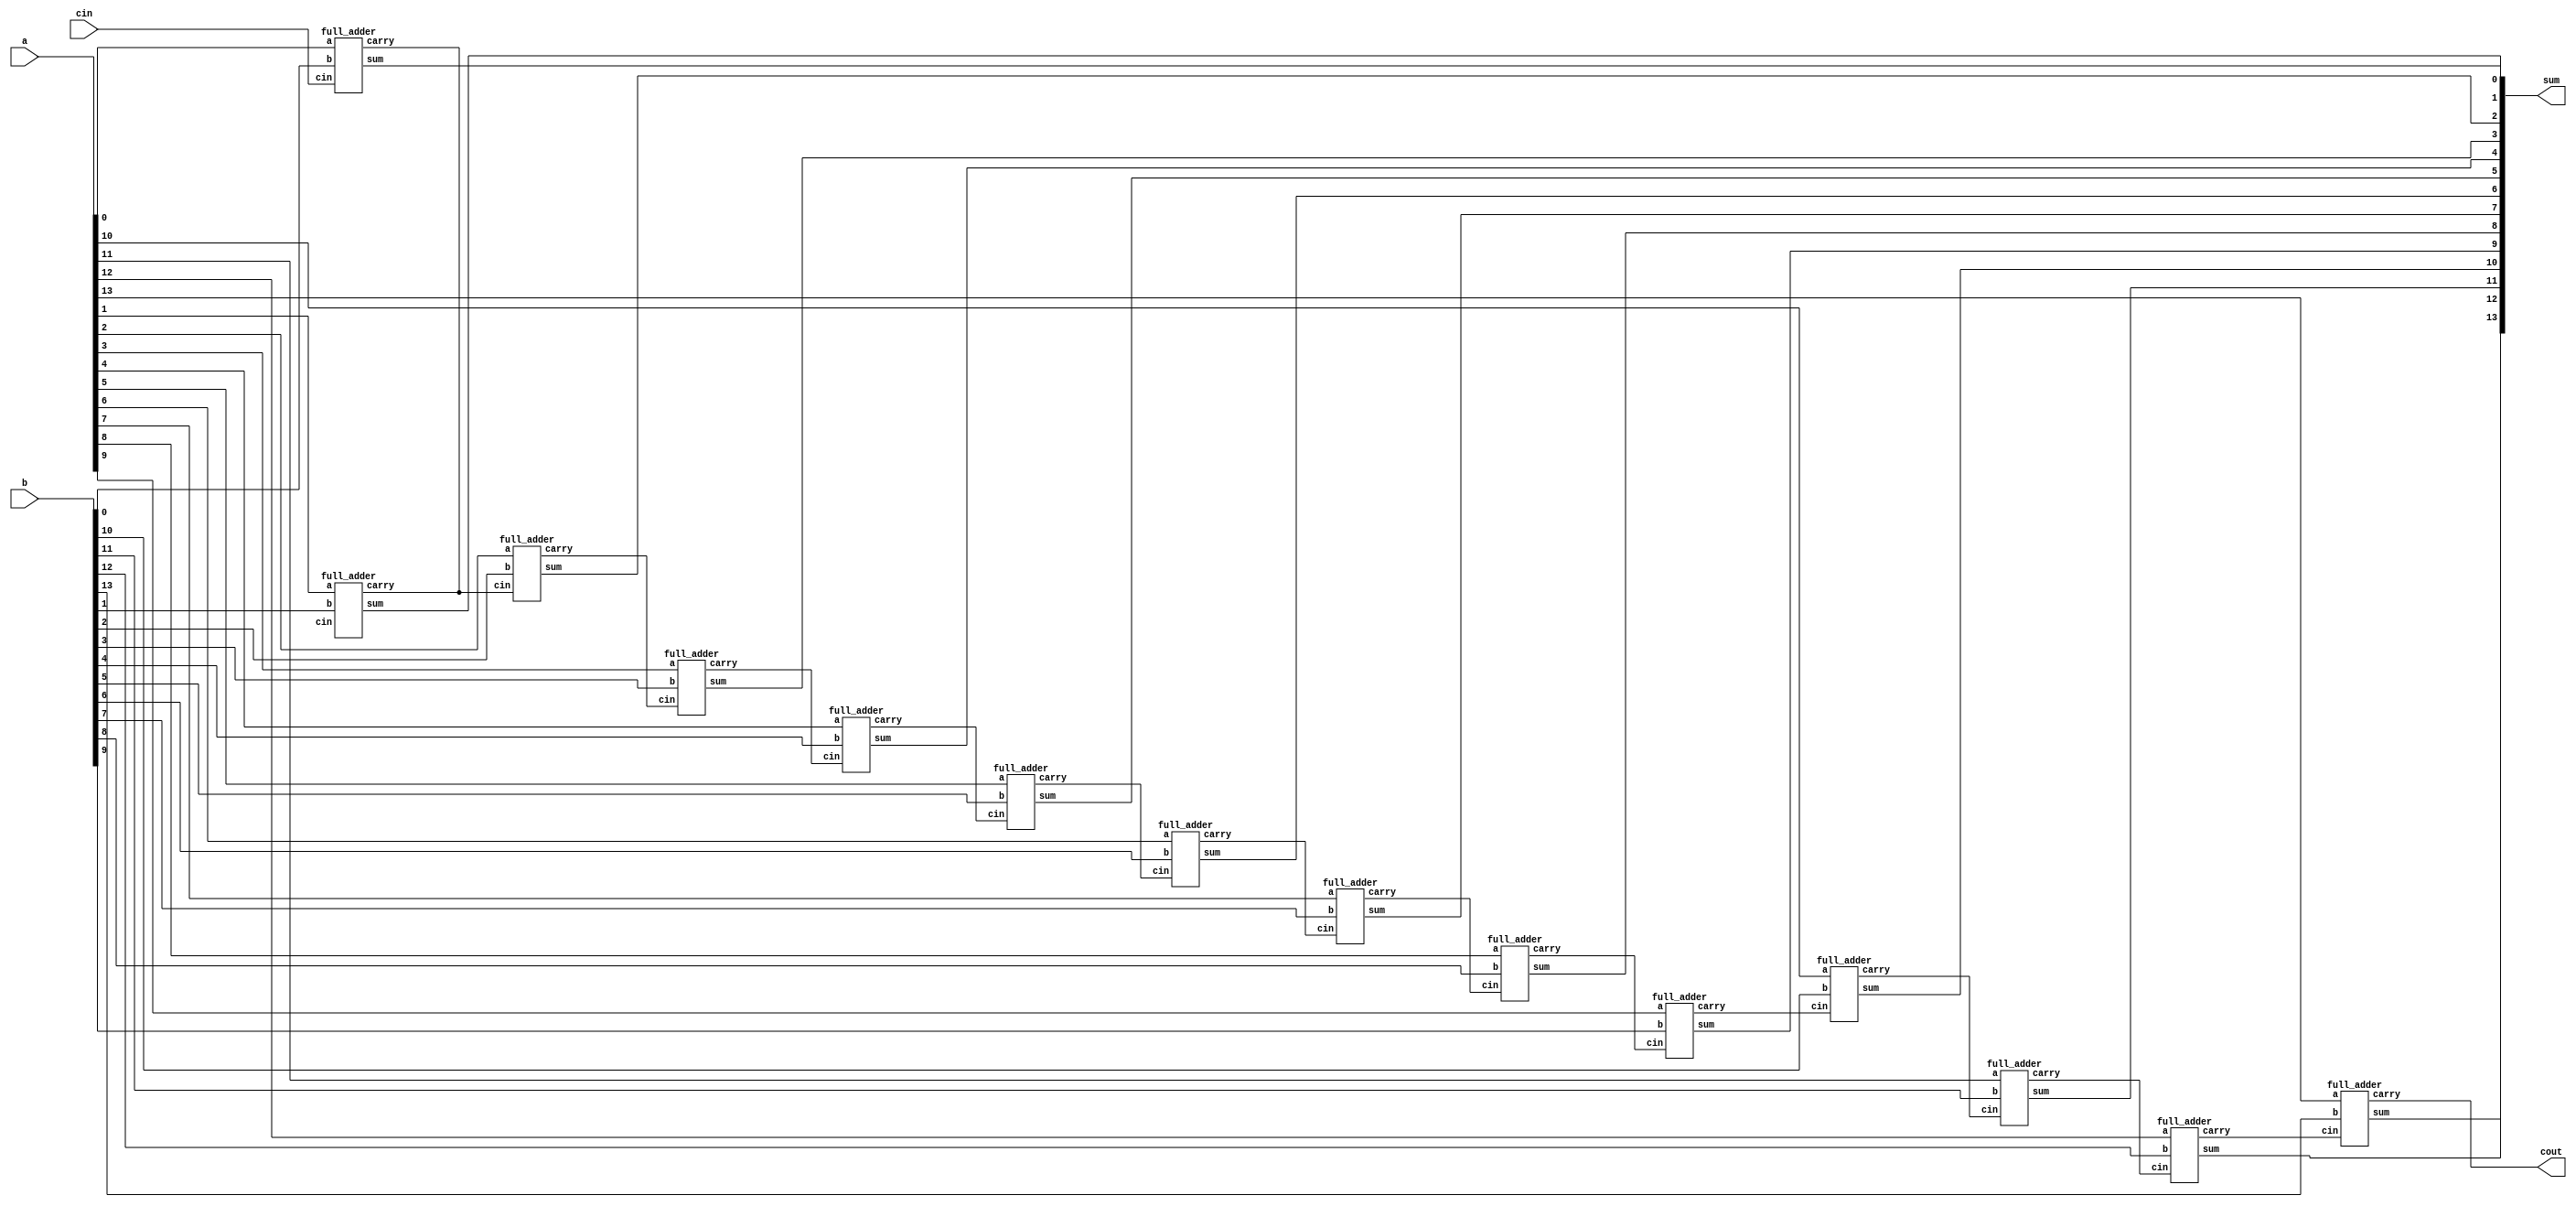
`timescale 1ns / 1ps
//////////////////////////////////////////////////////////////////////////////////
// Company: 
// Engineer: 
// 
// Design Name: 
// Module Name: Adder
// Project Name: 
// Target Devices: 
// Tool Versions: 
// Description: 
// 
// Dependencies: 
// 
// Revision:
// Revision 0.01 - File Created
// Additional Comments:
// 
//////////////////////////////////////////////////////////////////////////////////


module Adder (
  input [13:0] a,
  input [13:0] b,
  input cin,
  output [14:0] sum,
  output cout
);

  wire [13:0] carry;
  
  // carry bits for each bit position
  generate
    genvar i;
    for (i = 0; i < 14; i = i + 1) begin
      if (i == 0) begin
        
        full_adder FA(a[i], b[i], cin, sum[i], carry[i+1]);
      end else begin
        
        full_adder FA(a[i], b[i], carry[i-1], sum[i], carry[i]);
      end
    end
  endgenerate
  
  
  assign cout = carry[13];
  
endmodule

//  single full adder
module full_adder (
  input a,
  input b,
  input cin,
  output sum,
  output carry
);

  assign sum = a ^ b ^ cin;
  assign carry = (a & b) | (a & cin) | (b & cin);
  
endmodule